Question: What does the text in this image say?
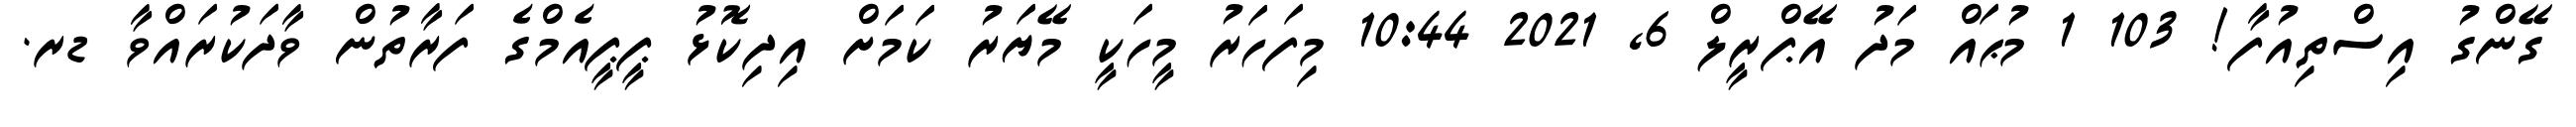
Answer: ގޭންގު އިސްތިއުފާ! 103 1 މުޙައް މަދު އޭޕްރީލް 6, 2021 10:44 މިފަހަރު މީހަކީ މޭޔަރު ކަމަށް އިދިކޮޅު ޕީޕީއެމްގެ ފަރާތުން ވާދަކުރައްވާ ޑރ.